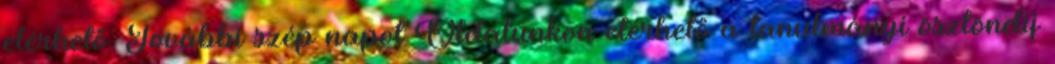
elérhető. További szép napot Oldalunkon elérhető a tanulmányi ösztöndíj